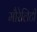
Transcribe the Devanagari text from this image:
मौरेलिटी